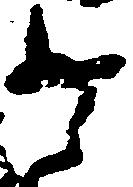
四